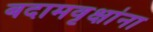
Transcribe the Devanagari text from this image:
बदामवृक्षांना